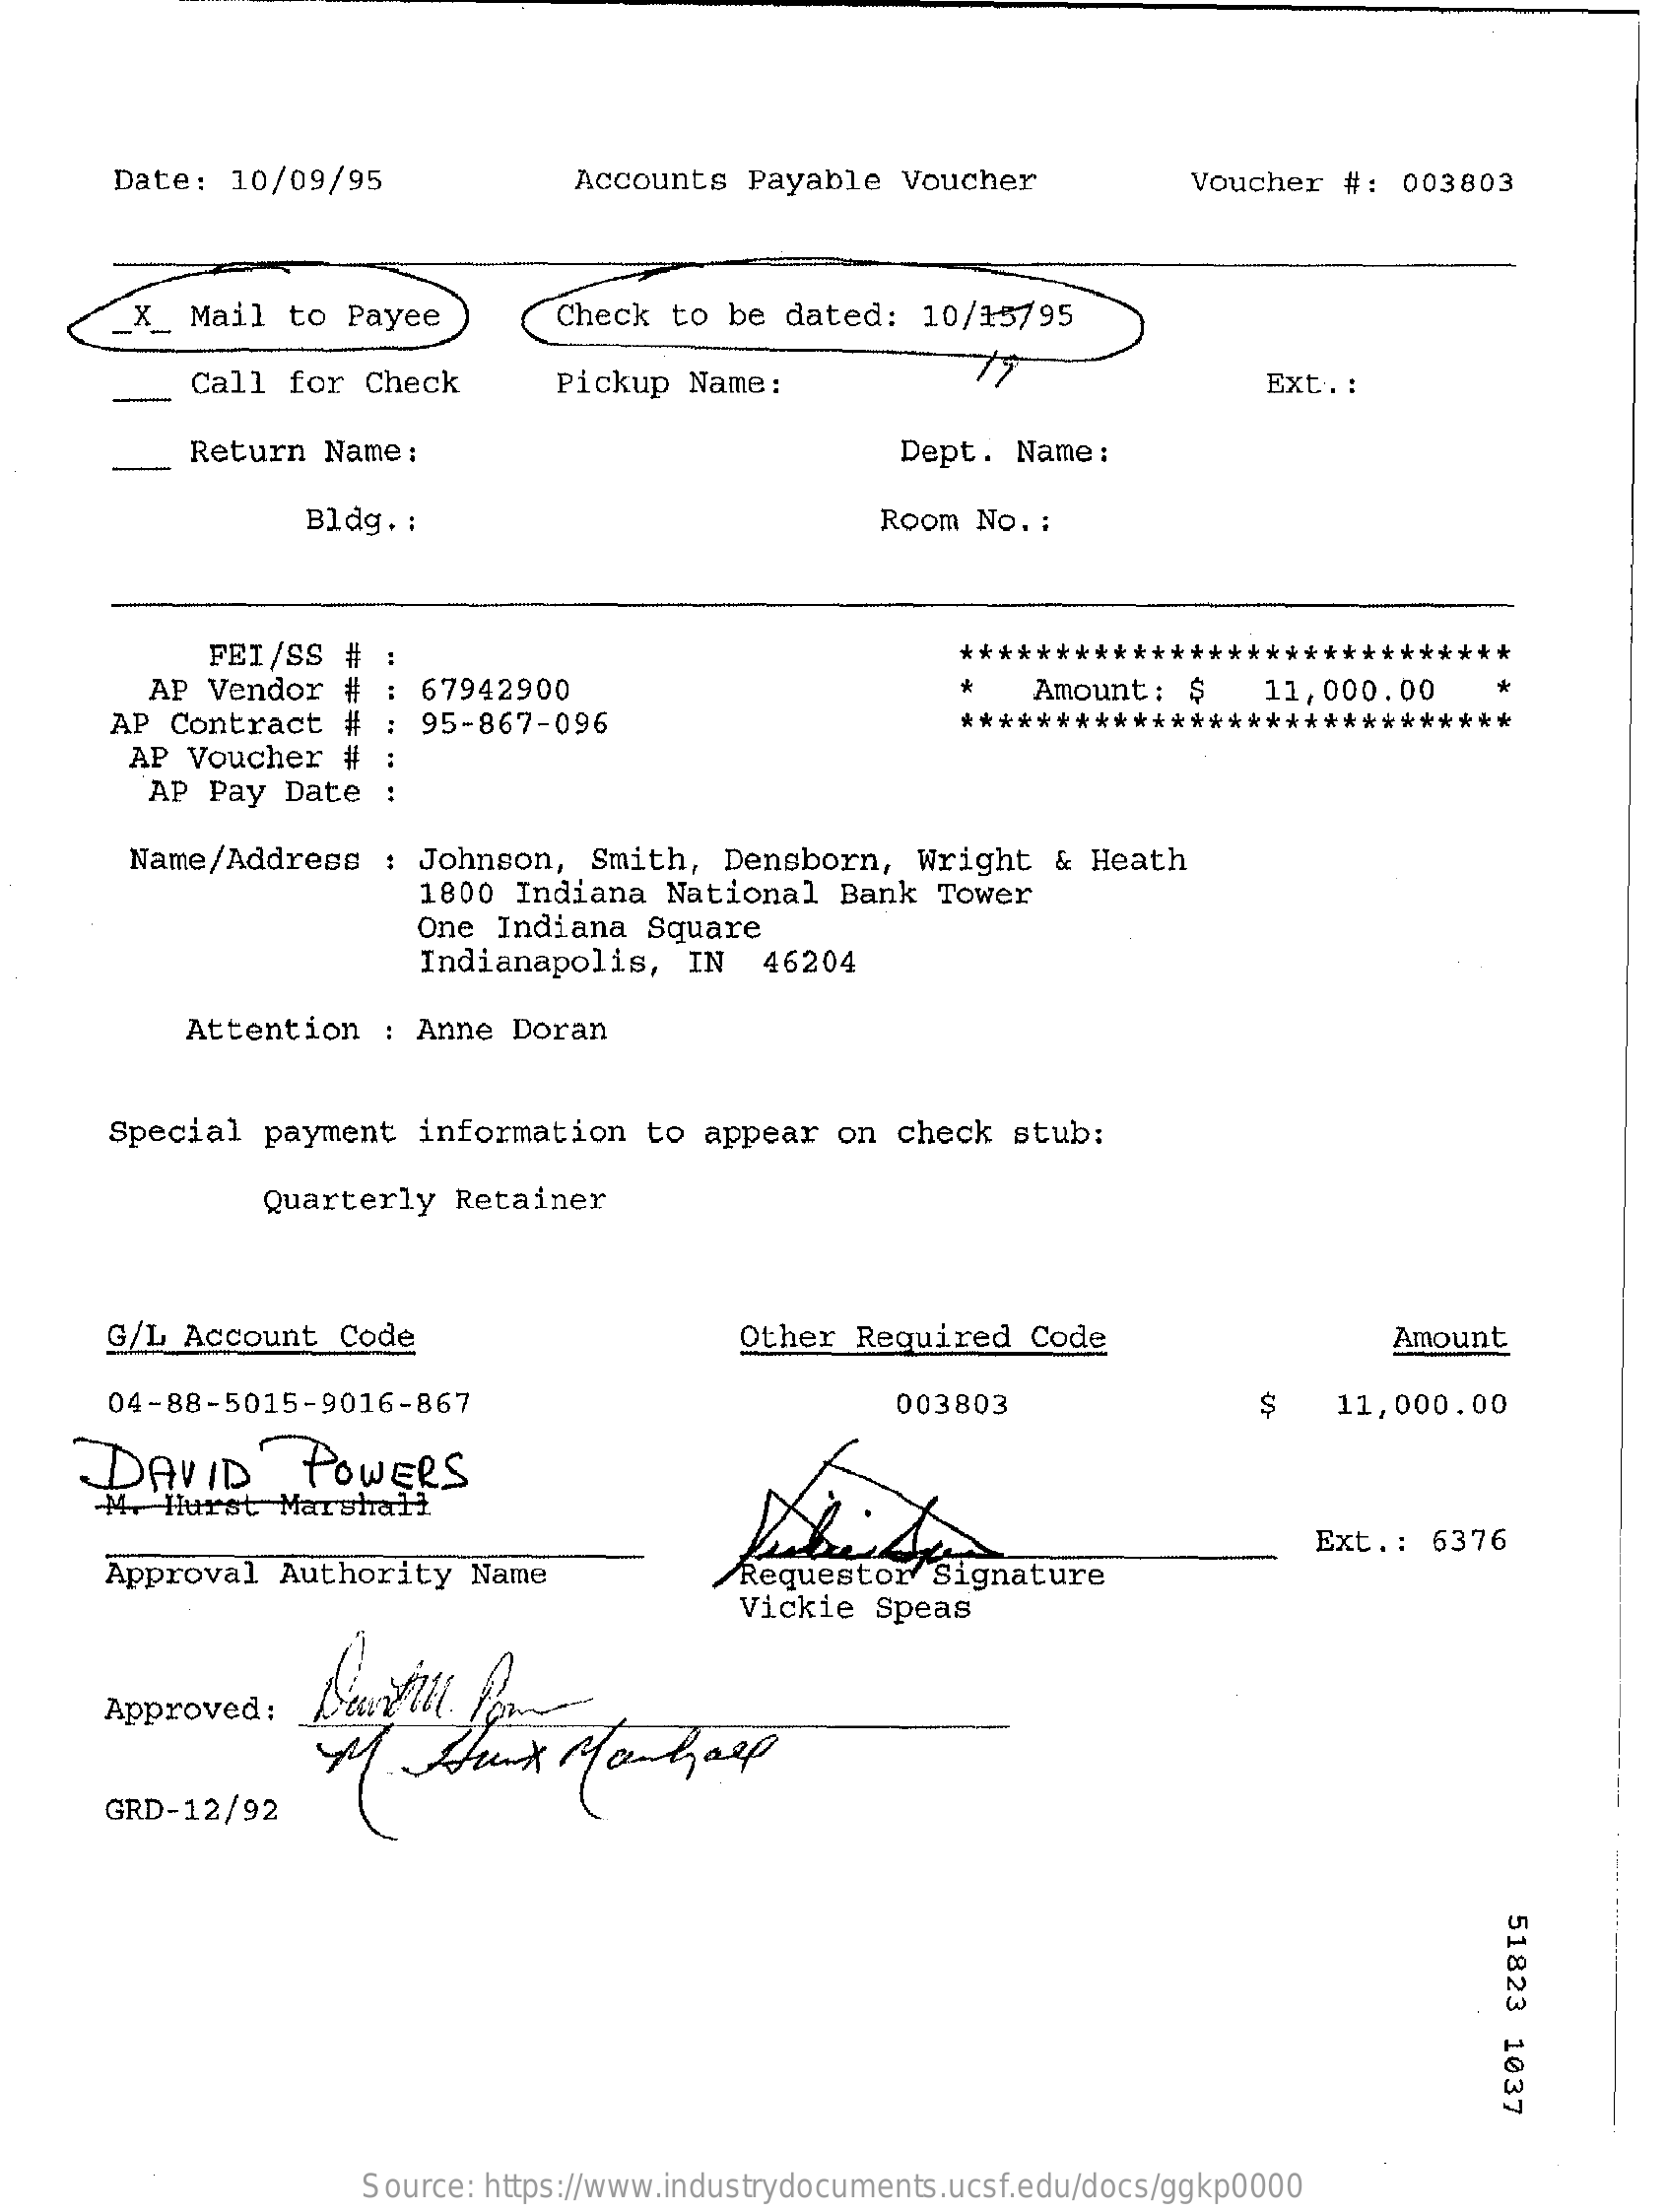
Date:   10/09/95    Accounts   Payable   Voucher    Voucher  #:  003803
     _X_  Mail  to  Payee    Check  to  be dated:   10/15795
     Call  for  Check    Pickup  Name:    77    Ext. :
     Return  Name:    Dept.  Name:
     Bldg.  :    Room No. :
     FEI /SS
     AP Vendor   #
     #    *****************************
     67942900    *   Amount:   $    11,000.00    *
     AP  Contract   # :  95-867-096    *****************************
     AP  Voucher   #
     AP  Pay  Date  :
     Name/Address    : Johnson,   Smith,  Densborn,    Wright  &  Heath
     1800 Indiana   National   Bank  Tower
     One Indiana   Square
     Indianapolis,   IN   46204
     Attention   : Anne  Doran
     Special  payment   information    to appear   on check   stub:
     Quarterly  Retainer
     G/L  Account  Code    Other  Required   Code    Amount
     04-88-5015-9016-867    003803    $    11,000.00
     DAVID    POWERS
     4.  Hurst   Marshall
     Approval   Authority   Name    Requestor   Signature
     Ext .: 6376
     Vickie  Speas
     Approved  :
     GRD-12/92
     51823
     1037
     Source: https://www.industrydocuments.ucsf.edu/docs/ggkp0000